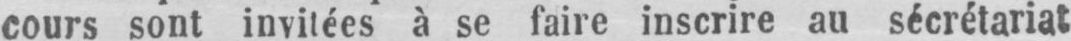
cours sont invitées à se faire inscrire au sécrétariat